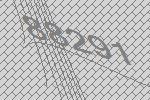
88291